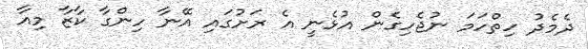
ދެމެދު ހިތްހަމަ ނުޖެހިގެން އުޅެނީ އެ ރަށުގައި އޭނާ ހިންގާ ކާޒާ މިއާ